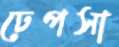
ঢেপসা